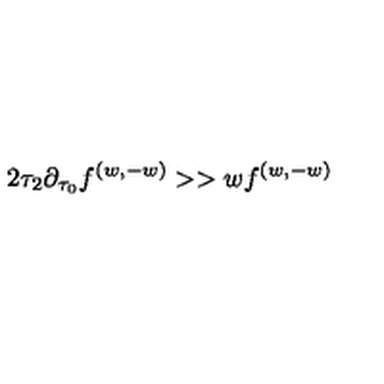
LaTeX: { 2 \tau _ { 2 } \partial _ { \tau _ { 0 } } f ^ { ( w , - w ) } > > w f ^ { ( w , - w ) } }